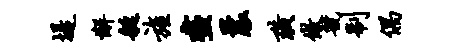
堤懈艇旌尽曩璜做虢制偶